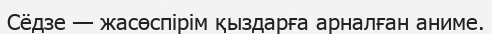
Сёдзе — жасөспірім қыздарға арналған аниме.